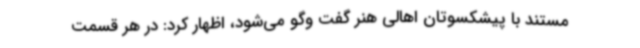
مستند با پیشکسوتان اهالی هنر گفت ‌وگو می‌شود، اظهار کرد: در هر قسمت